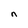
Character: n